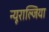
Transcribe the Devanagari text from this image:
न्यूराल्जिया